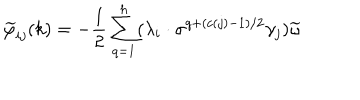
\widetilde { \varphi } _ { i j } ( k ) = - \frac { 1 } { 2 } \sum _ { q = 1 } ^ { h } ( \lambda _ { i } \cdot \sigma ^ { q + ( c ( j ) - 1 ) / 2 } \gamma _ { j } ) \widetilde { \omega }